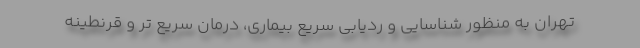
تهران به منظور شناسایی و ردیابی سریع بیماری، درمان سریع تر و قرنطینه